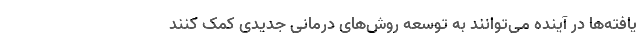
یافته‌ها در آینده می‌توانند به توسعه روش‌های درمانی جدیدی کمک کنند